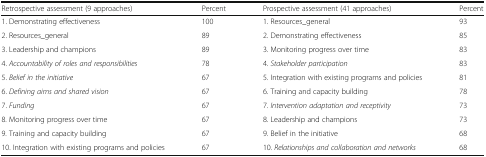
<table><thead><tr><td><b>Retrospective assessment (9 approaches)</b></td><td><b>Percent</b></td><td><b>Prospective assessment (41 approaches)</b></td><td><b>Percent</b></td></tr></thead><tbody><tr><td>1. Demonstrating effectiveness</td><td>100</td><td>1. Resources_general</td><td>93</td></tr><tr><td>2. Resources_general</td><td>89</td><td>2. Demonstrating effectiveness</td><td>85</td></tr><tr><td>3. Leadership and champions</td><td>89</td><td>3. Monitoring progress over time</td><td>83</td></tr><tr><td>4. <i>Accountability of roles and responsibilities</i></td><td>78</td><td>4. <i>Stakeholder participation</i></td><td>83</td></tr><tr><td>5. <i>Belief in the initiative</i></td><td>67</td><td>5. Integration with existing programs and policies</td><td>81</td></tr><tr><td>6. <i>Defining aims and shared vision</i></td><td>67</td><td>6. Training and capacity building</td><td>78</td></tr><tr><td>7. <i>Funding</i></td><td>67</td><td>7. <i>Intervention adaptation and receptivity</i></td><td>73</td></tr><tr><td>8. Monitoring progress over time</td><td>67</td><td>8. Leadership and champions</td><td>73</td></tr><tr><td>9. Training and capacity building</td><td>67</td><td>9. Belief in the initiative</td><td>68</td></tr><tr><td>10. Integration with existing programs and policies</td><td>67</td><td>10. <i>Relationships and collaboration and networks</i></td><td>68</td></tr></tbody></table>